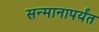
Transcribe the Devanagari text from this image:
सन्मानापर्यंत